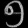
Digit: ၅